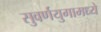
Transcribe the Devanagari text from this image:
सुवर्णयुगामध्ये